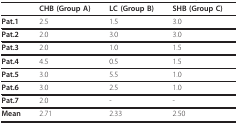
|  | CHB (Group A) | LC (Group B) | SHB (Group C) |
 | --- | --- | --- | --- |
 | Pat.1 | 2.5 | 1.5 | 3.0 |
 | Pat.2 | 2.0 | 3.0 | 3.0 |
 | Pat.3 | 2.0 | 1.0 | 1.5 |
 | Pat.4 | 4.5 | 0.5 | 1.5 |
 | Pat.5 | 3.0 | 5.5 | 1.0 |
 | Pat.6 | 3.0 | 2.5 | 1.0 |
 | Pat.7 | 2.0 | - | - |
 | Mean | 2.71 | 2.33 | 2.50 |